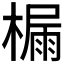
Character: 𪳬